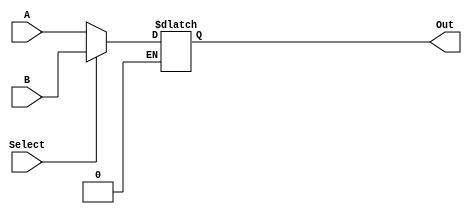
`timescale 1ns / 1ps
//////////////////////////////////////////////////////////////////////////////////
// Company: 
// Engineer: 
// 
// Design Name: 
// Module Name:    mux5bits 
// Project Name: 
// Target Devices: 
// Tool versions: 
// Description: 
//
// Dependencies: 
//
// Revision: 
// Revision 0.01 - File Created
// Additional Comments: 
//
//////////////////////////////////////////////////////////////////////////////////
module mux5bits(
    input [4:0] A,
    input [4:0] B,
    output reg [4:0] Out,
    input Select
    );
	always @(Select)
	begin
	if(Select==1'b0) Out<=A;
	else if (Select==1'b1) Out<=B;
	end
endmodule